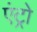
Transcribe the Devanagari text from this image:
एंट्रो